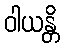
ဝါယန္တိ